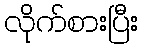
လိုက်စားပြီး